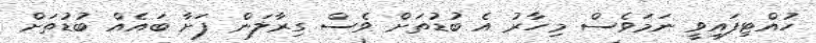
ހުއްޓިފައިވީ ނަމަވެސް މިހާރު އެ ބުޑުތަށް ވެސް ގިރާލަން ފަށާ ބައެއް ބުޑުތަށް